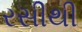
રસીથી